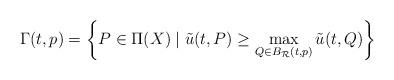
LaTeX: \begin{align*}\Gamma(t,p)=\left\{ P\in \Pi(X) \mid \tilde{u}(t,P)\ge \max_{Q\in B_\mathcal{R}(t,p)}\tilde{u}(t,Q) \right\}\end{align*}